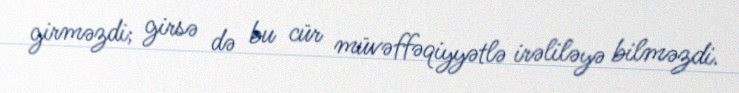
girməzdi; girsə də bu cür müvəffəqiyyətlə irəliləyə bilməzdi.